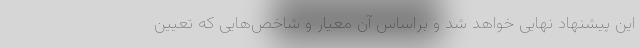
این پیشنهاد نهایی خواهد شد و براساس آن معیار و شاخص‌هایی که تعیین